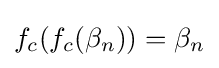
f_{c}(f_{c}(\beta _{n}))=\beta _{n}